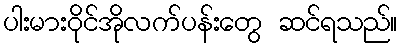
ပါးမားဝိုင်အိုလက်ပန်းတွေ ဆင်ရသည်။